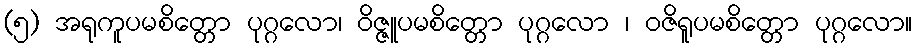
(၅) အရုကူပမစိတ္တော ပုဂ္ဂလော၊ ဝိဇ္ဇူပမစိတ္တော ပုဂ္ဂလော ၊ ဝဇိရူပမစိတ္တော ပုဂ္ဂလော။